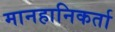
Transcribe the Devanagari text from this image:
मानहानिकर्ता